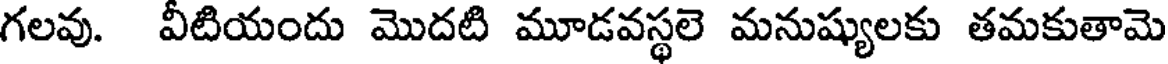
గలవు. వీటియందు మొదటి మూడవస్థలె మనుష్యులకు తమకుతామె